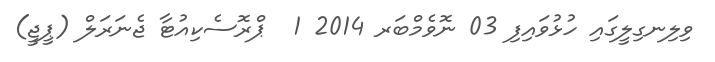
ވިލިނގިލީގައި ހުޅުވައިފި 03 ނޮވެމްބަރ 2014 1  ޕްރޮސެކިއުޓާ ޖެނަރަލް (ޕީޖީ)